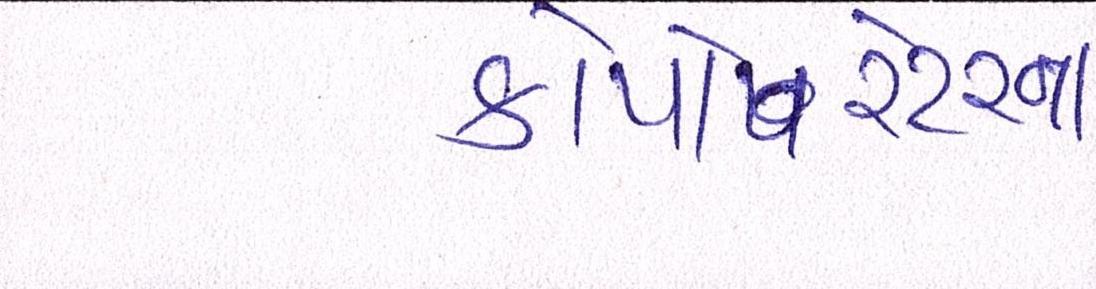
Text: કોર્પેારેટરના